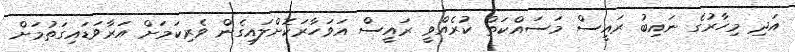
އަދި މިހާރުގެ ނައިބު ރައީސް މަސައްކަތް ކުރެއްވީ ރައީސް އަވަހާރަކޮށްލައިގެން ވެރިކަމަށް އަރާވަޑައިގަތުމަށް